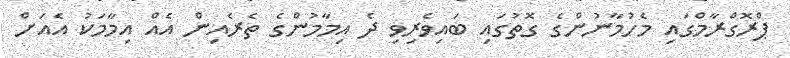
ޕްރޮގްރާމްގައި މެހުމާނުންގެ ގޮތުގައި ބައިވެރިވި ދެ އިމާމުންގެ ތެރެއިން އެއް އިމާމަކު އެއަށް